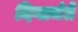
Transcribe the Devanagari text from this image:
दियामंते